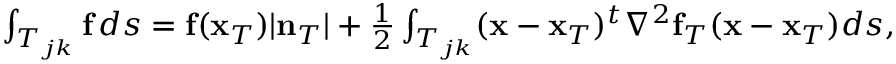
\begin{array} { r } { \int _ { T _ { j k } } { \bf f } \, d s = { \bf f } ( { \bf x } _ { T } ) | { \bf n } _ { T } | + \frac { 1 } { 2 } \int _ { T _ { j k } } ( { \bf x } - { \bf x } _ { T } ) ^ { t } \nabla ^ { 2 } { \bf f } _ { T } ( { \bf x } - { \bf x } _ { T } ) d s , } \end{array}